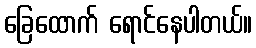
ခြေထောက် ရောင်နေပါတယ်။